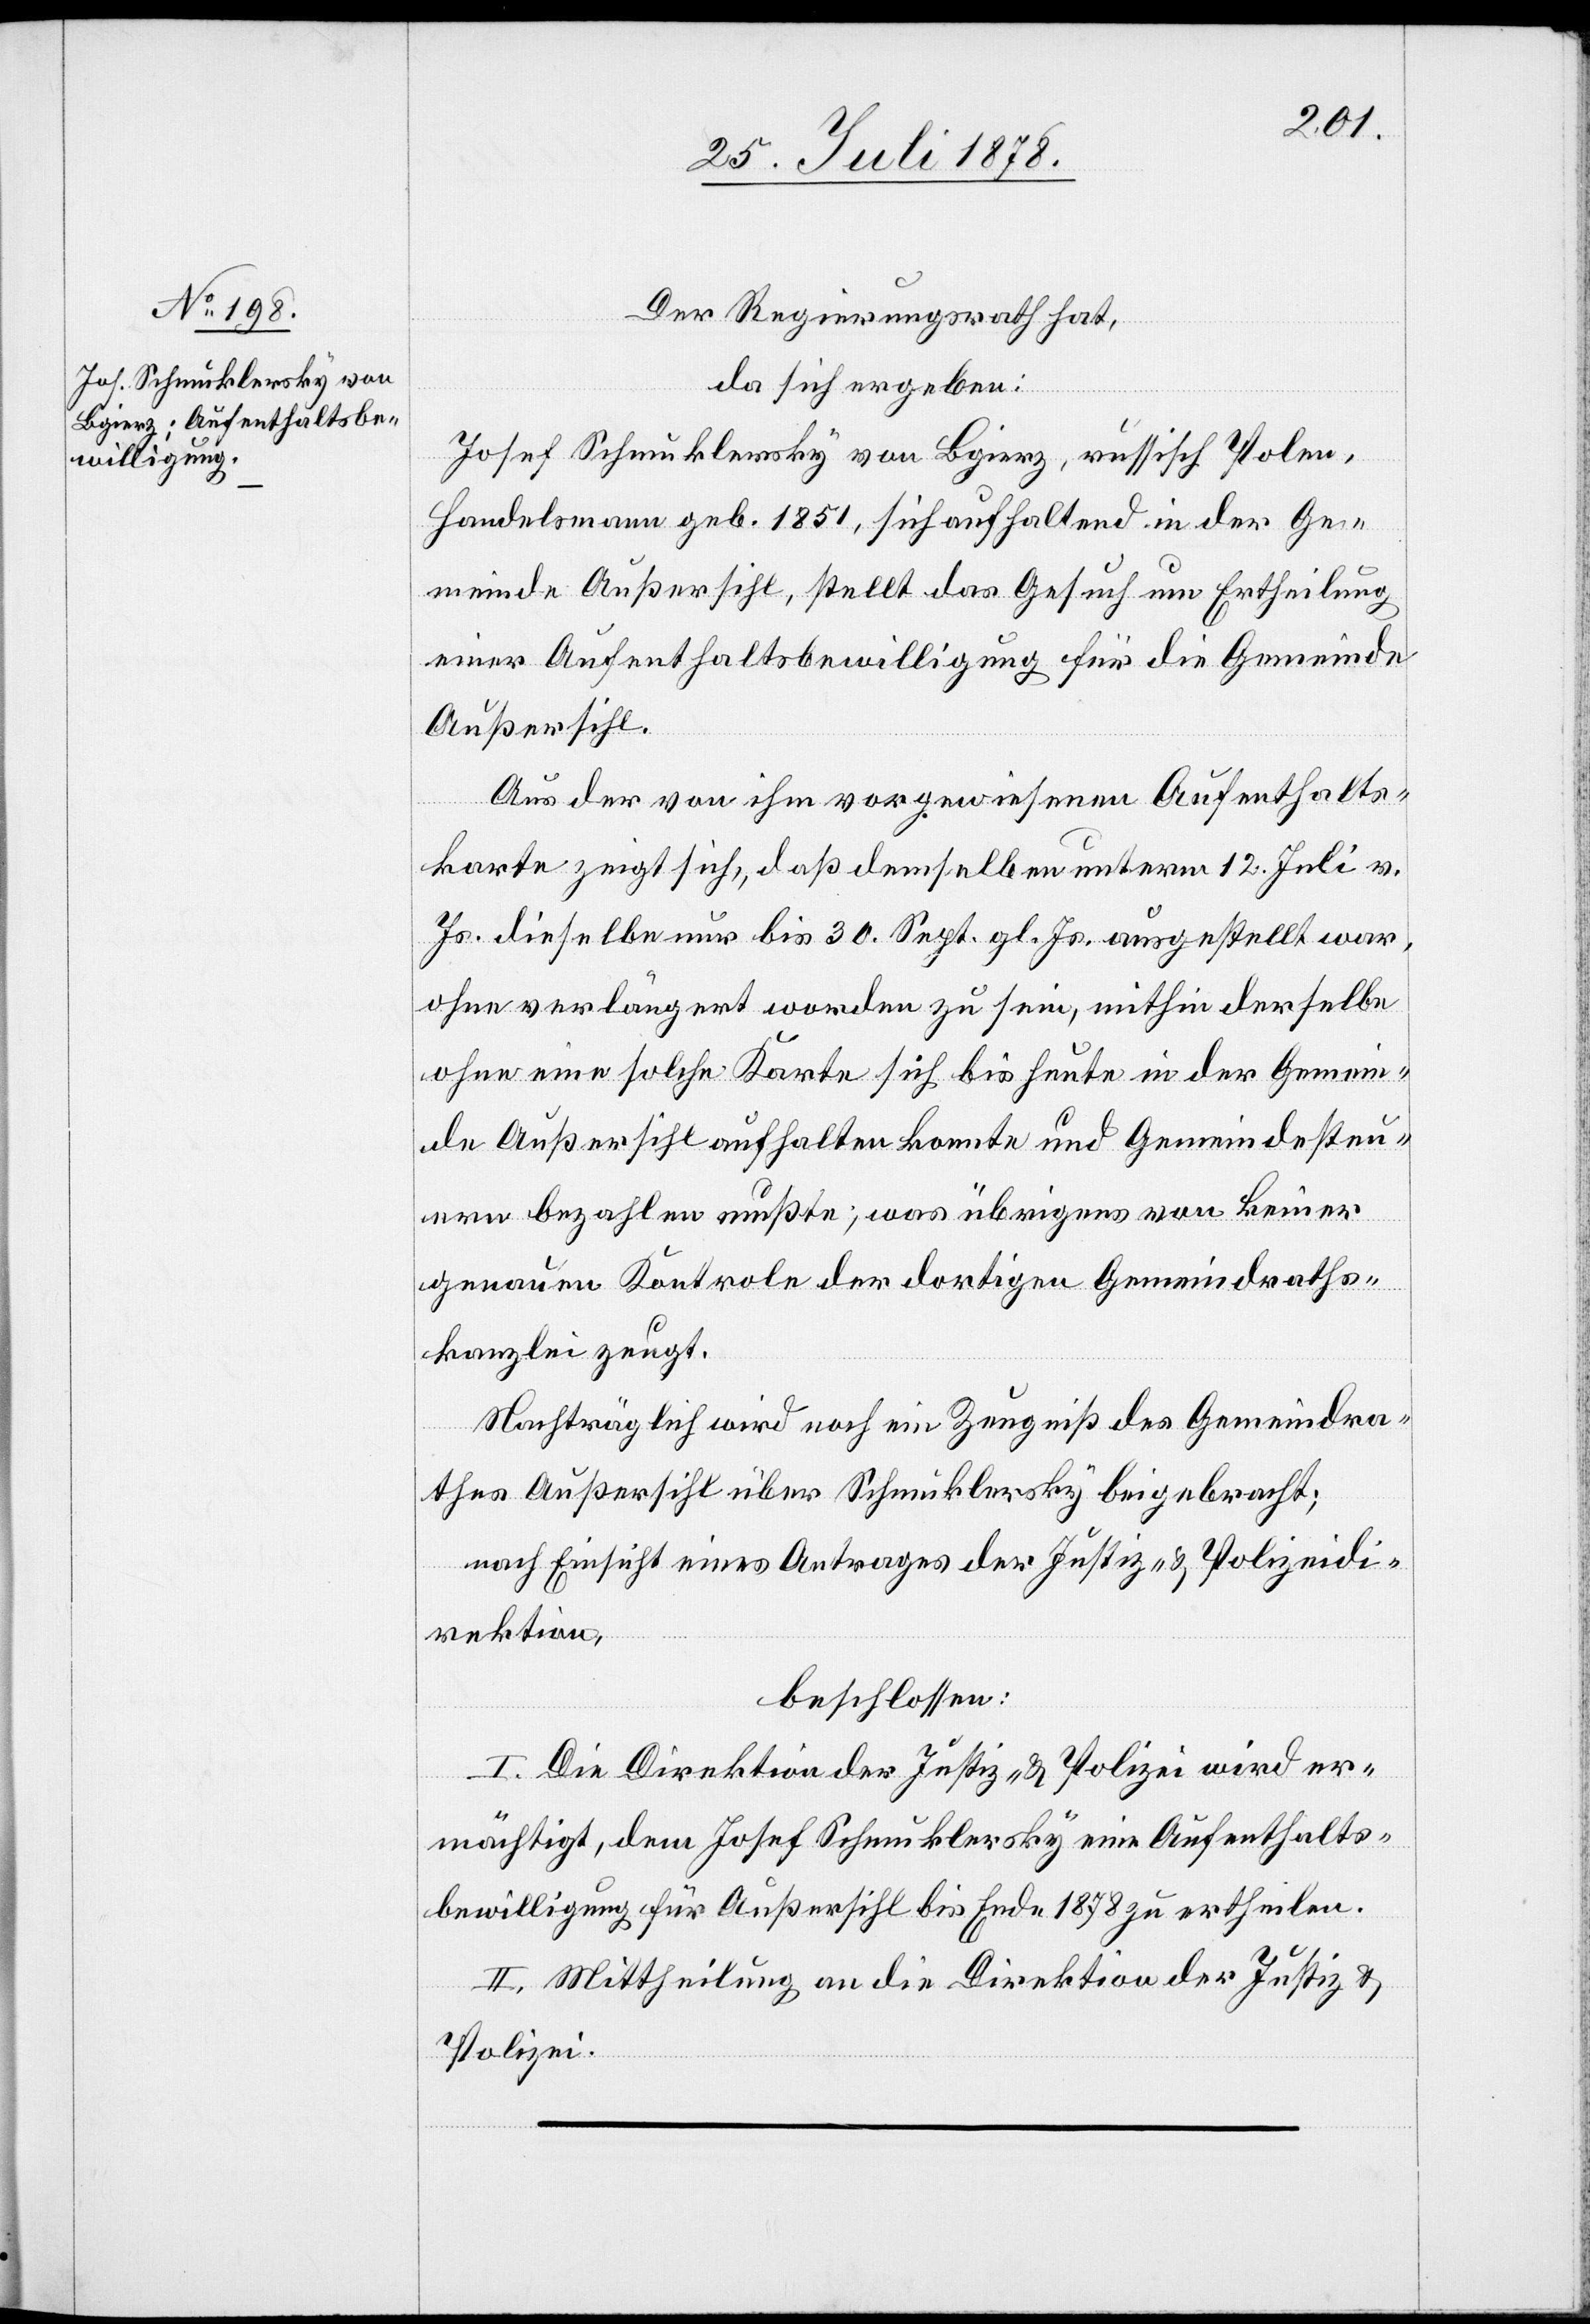
Der Regierungsrath hat,
da sich ergeben:
Josef Schmuklersky von Bgierz, russisch Polen,
Handelsmann geb. 1851, sich aufhaltend in der Ge¬
meinde Außersihl, stellt das Gesuch um Ertheilung
einer Aufenthaltsbewilligung für die Gemeinde
Außersihl.
Aus der von ihm vorgewiesenen Aufenthalts¬
karte zeigt sich, daß demselben unterm 12. Juli v.
Js. dieselbe nur bis 30. Sept. gl. Js. ausgestellt war,
ohne verlängert worden zu sein, mithin derselbe
ohne eine solche Karte sich bis heute in der Gemein¬
de Außersihl aufhalten konnte und Gemeindesteu¬
ern bezahlen mußte; was übrigens von keiner
genauen Kontrole der dortigen Gemeindraths¬
kanzlei zeugt.
Nachträglich wird noch ein Zeugniß des Gemeindra¬
thes Außersihl über Schmuklersky beigebracht;
nach Einsicht eines Antrages der Justiz- & Polizeidi¬
rektion,
beschlossen:
I. Die Direktion der Justiz & Polizei wird er¬
mächtigt, dem Josef Schmuklersky eine Aufenthalts¬
bewilligung für Außersihl bis Ende 1878 zu ertheilen.
II. Mittheilung an die Direktion der Justiz &
Polizei.